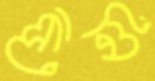
পোনি